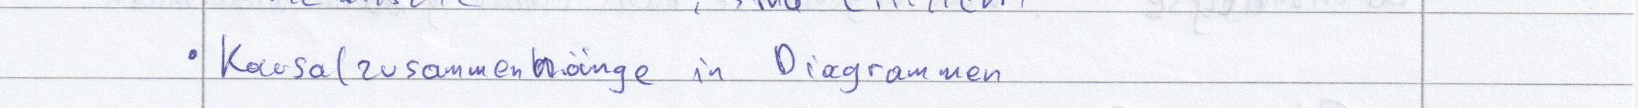
Kausalzusammenhänge in Diagrammen